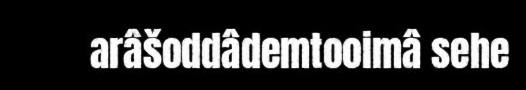
arâšoddâdemtooimâ sehe